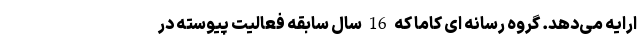
ارایه می‌دهد. گروه رسانه ای کاما که 16 سال سابقه فعالیت پیوسته در